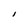
Character: l